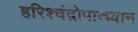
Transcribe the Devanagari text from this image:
हरिश्चंद्रोपाख्यान